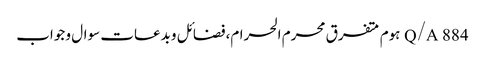
Q/A	884	ہوم متفرق محرم الحرام،فضائل و بدعات سوال و جواب